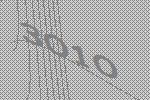
3010